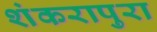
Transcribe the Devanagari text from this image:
शंकरापुरा